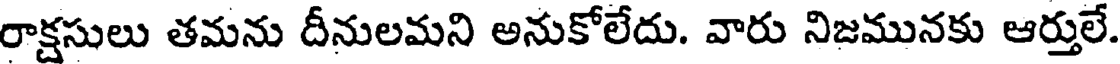
రాక్షసులు తమను దీనులమని అనుకోలేదు. వారు నిజమునకు ఆర్తులే.